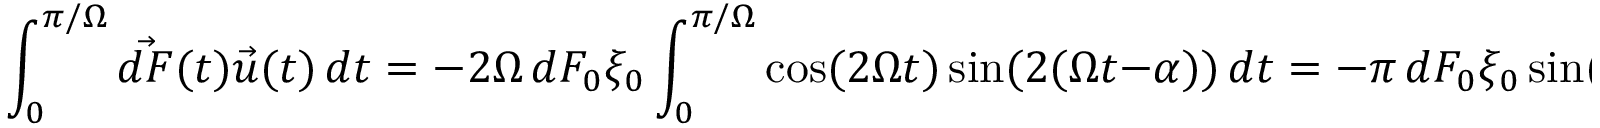
\int _ { 0 } ^ { \pi / \Omega } { \vec { d F } } ( t ) { \vec { u } } ( t ) \, d t = - 2 \Omega \, d F _ { 0 } \xi _ { 0 } \int _ { 0 } ^ { \pi / \Omega } \cos ( 2 \Omega t ) \sin ( 2 ( \Omega t - \alpha ) ) \, d t = - \pi \, d F _ { 0 } \xi _ { 0 } \sin ( 2 \alpha )